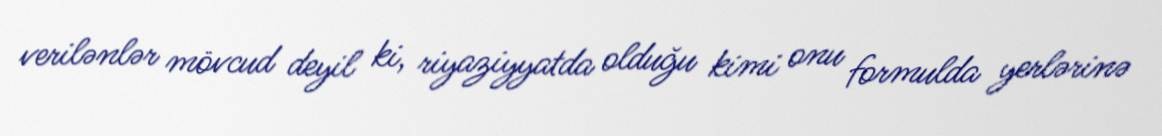
verilənlər mövcud deyil ki, riyaziyyatda olduğu kimi onu formulda yerlərinə